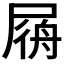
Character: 𡲟